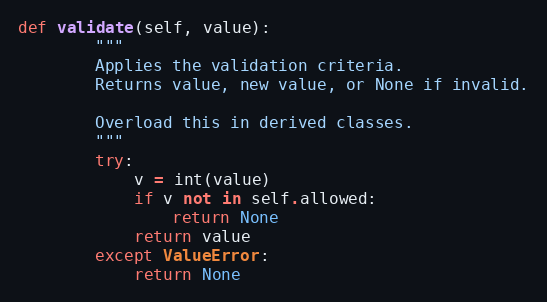
Language: Python
def validate(self, value):
        """
        Applies the validation criteria.
        Returns value, new value, or None if invalid.

        Overload this in derived classes.
        """
        try:
            v = int(value)
            if v not in self.allowed:
                return None
            return value
        except ValueError:
            return None